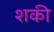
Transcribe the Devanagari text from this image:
शकी